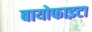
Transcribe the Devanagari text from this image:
बायोफाइटा